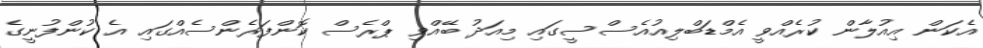
އެކަން އިއުލާން ކުރެއްވީ އެމްޑަބްލިއުއެސްސީގައި މިއަދު ބޭއްވި ޕްރެސް ކޮންފަރެންސެއްގައި އެ ކުންފުނީގެ